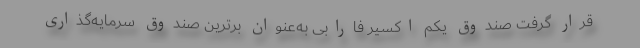
قرار گرفت صندوق یکم اکسیر فارابی به‌عنوان برترین صندوق سرمایه‌گذاری